Bombay plague: being a history of the progress of plague in the Bombay presidency from September 1896 to June 1899
Year: 1896
Disease focus: Plague
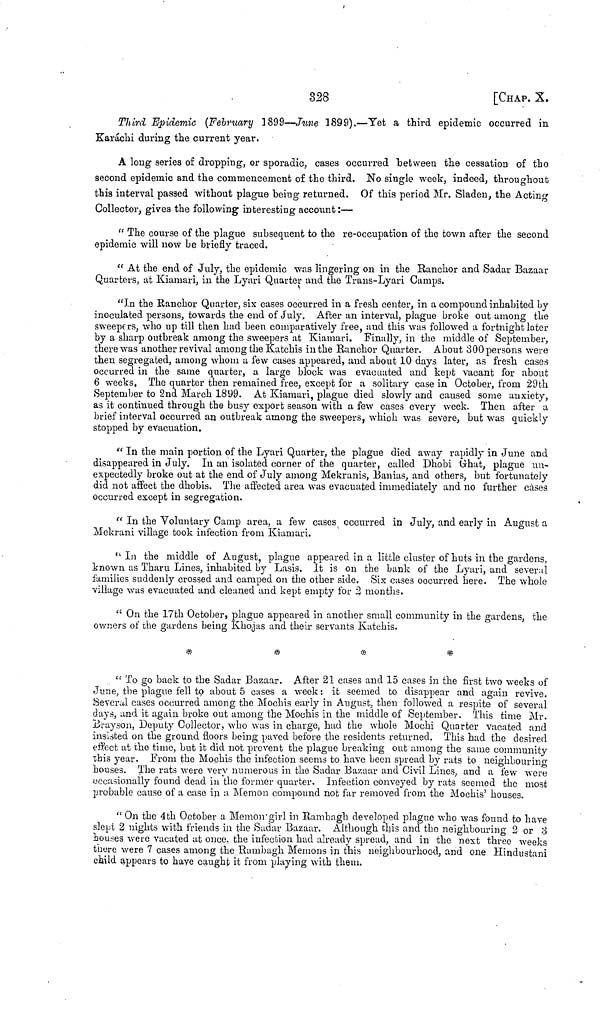
328
[CHAP. X.
Third Epidemic (February 1899—June 1899).—Yet a third epidemic occurred in
Karachi during the current year.
A long series of dropping, or sporadic, cases occurred between the cessation of the
second epidemic and the commencement of the third. No single week, indeed, throughout
this interval passed without plague being returned. Of this period Mr. Sladeu, the Acting
Collector, gives the following interesting account:—
" The course of the plague subsequent to the re-occupation of the town after the second
epidemic will now be briefly traced.
" At the end of July, the epidemic was lingering on in the Ranchor and Sadar Bazaar
Quarters, at Kiamari, in the Lyari Quarter and the Trans-Lyari Camps.
"In the Ranchor Quarter, six cases occurred in a fresh center, in a compound inhabited by
inoculated persons, towards the end of July. After an interval, plague broke out among the
sweepers, who up till then had been comparatively free, and this was followed a fortnight later
by a sharp outbreak among the sweepers at Kiamari. Finally, in the middle of September,
there was another revival among the Katchis in the Ranchor Quarter. About 300 persons were
then segregated, among whom a few cases appeared, and about 10 days later, as fresh cases
occurred in the same quarter, a large block was evacuated and kept vacant for about
6 weeks. The quarter then remained free, except for a solitary case in October, from 29th
September to 2nd March 1899. At Kiamari, plague died slowly and caused some anxiety,
as it continued through the busy export season with a few cases every week. Then after a
brief interval occurred an outbreak among the sweepers, which was severe, but was quickly
stopped by evacuation.
" In the main portion of the Lyari Quarter, the plague died away rapidly in June and
disappeared in July. In an isolated corner of the quarter, called Dhobi Ghat, plague un-
expectedly broke out at the end of July among Mekranis, Banias, and others, but fortunately
did not affect the dhobis. The affected area was evacuated immediately and no further càses
occurred except in segregation.
"In the Voluntary Camp area, a few cases occurred in July, and early in August a
Mekrani village took infection from Kiamari.
" In the middle of August, plague appeared in a little cluster of huts in the gardens,
known as Tharu Lines, inhabited by Lasis. It is on the bank of the Lyari, and several
families suddenly crossed and camped on the other side. Six cases occurred here. The whole
village was evacuated and cleaned and kept empty for 3 months.
" On the 17th October, plague appeared in another small community in the gardens, the
owners of the gardens being Khojas and their servants Katchis.
*
*
*
*
" To go back to the Sadar Bazaar. After 21 cases and 15 cases in the first two weeks of
June, the plague fell to about 5 cases a week: it seemed to disappear and again revive.
Several cases occurred among the Mochis early in August, then followed a respite of several
days, and it again broke out among the Mochis in the middle of September. This time Mr.
Brayson, Deputy Collector, who was in charge, had the whole Mochi Quarter vacated and
insisted on the ground floors being paved before the residents returned. This had the desired
effect at the time, but it did not prevent the plague breaking out among the same community
this year. From the Mochis the infection seems to have been spread by rats to neighbouring
houses. The rats were very numerous in the Sadar Bazaar and Civil Lines, and a few were
occasionally found dead in the former quarter. Infection conveyed by rats seemed the most
probable cause of a case in a Memon compound not far removed from the Mochis' houses.
" On the 4th October a Memon girl in Rambagh developed plague who was found to have
slept 2 nights with friends in the Sadar Bazaar. Although this and the neighbouring 2 or 3
houses were vacated at once, the infection had already spread, and in the next three weeks
there were 7 cases among the Rambagh Memons in this neighbourhood, and one Hindustani
child appears to have caught it from playing with them.